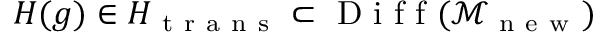
H ( g ) \in H _ { \mathrm { ~ t ~ r ~ a ~ n ~ s ~ } } \subset \mathrm { ~ D ~ i ~ f ~ f ~ } ( \mathcal { M } _ { \mathrm { ~ n ~ e ~ w ~ } } )